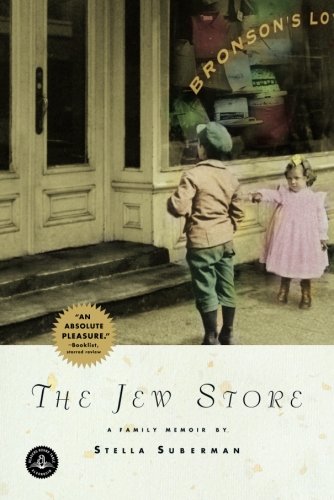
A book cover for The Jew Store; Stella Suberman; Biographies & Memoirs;